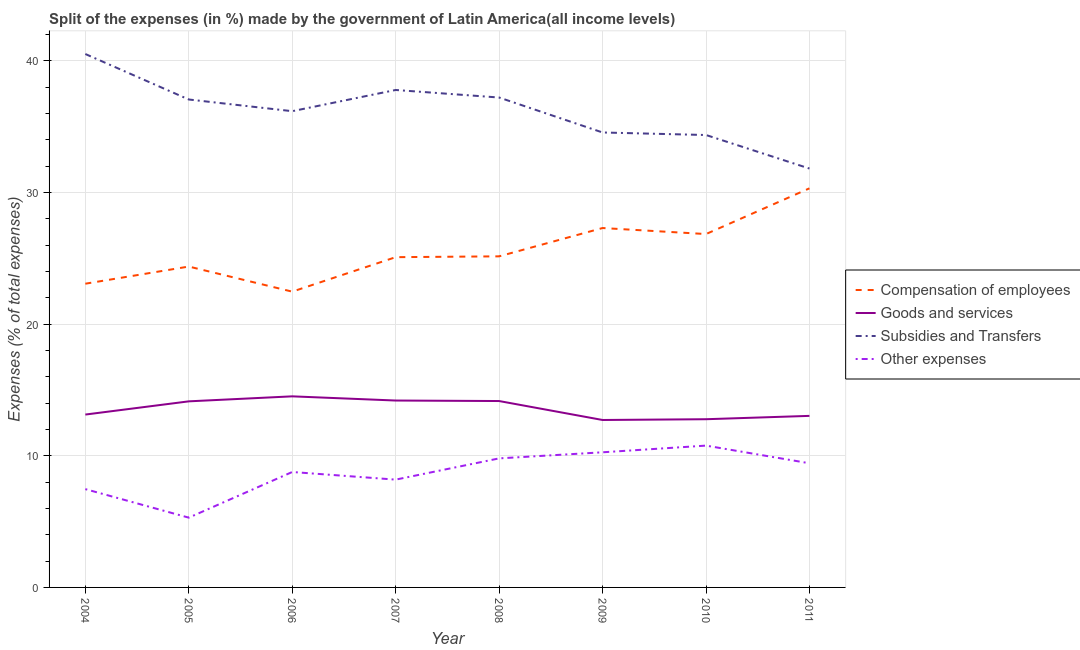
| Year | Compensation of employees | Goods and services | Subsidies and Transfers | Other expenses |
 | --- | --- | --- | --- | --- |
 | 2004 | 23.1 | 13.1 | 40.5 | 7.47 |
 | 2005 | 24.4 | 14.1 | 37.1 | 5.3 |
 | 2006 | 22.5 | 14.5 | 36.2 | 8.77 |
 | 2007 | 25.1 | 14.2 | 37.8 | 8.19 |
 | 2008 | 25.1 | 14.2 | 37.2 | 9.8 |
 | 2009 | 27.3 | 12.7 | 34.6 | 10.3 |
 | 2010 | 26.8 | 12.8 | 34.4 | 10.8 |
 | 2011 | 30.3 | 13 | 31.8 | 9.43 |